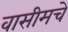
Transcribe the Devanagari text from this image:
वासीमचे